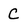
Character: C